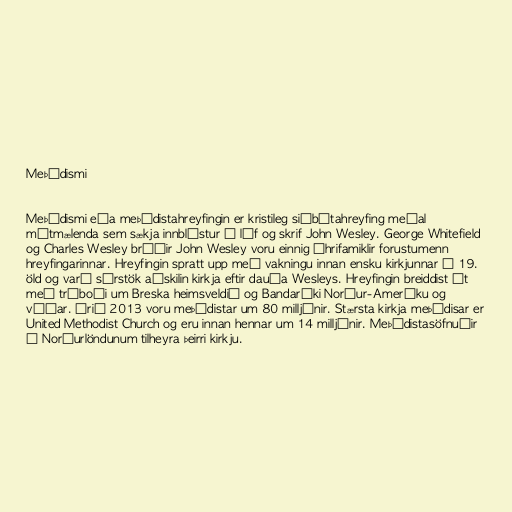
Meþódismi

Meþódismi eða meþódistahreyfingin er kristileg siðbótahreyfing meðal
mótmælenda sem sækja innblástur í líf og skrif John Wesley. George Whitefield
og Charles Wesley bróðir John Wesley voru einnig áhrifamiklir forustumenn
hreyfingarinnar. Hreyfingin spratt upp með vakningu innan ensku kirkjunnar á 19.
öld og varð sérstök aðskilin kirkja eftir dauða Wesleys. Hreyfingin breiddist út
með trúboði um Breska heimsveldið og Bandaríki Norður-Ameríku og
víðar. Árið 2013 voru meþódistar um 80 milljónir. Stærsta kirkja meþódisar er
United Methodist Church og eru innan hennar um 14 milljónir. Meþódistasöfnuðir
á Norðurlöndunum tilheyra þeirri kirkju.